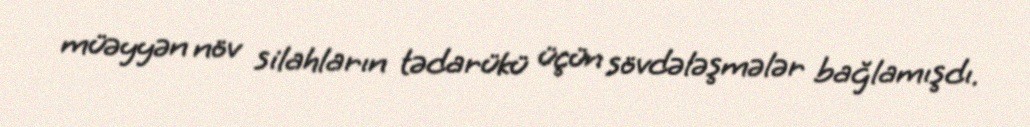
müəyyən növ silahların tədarükü üçün sövdələşmələr bağlamışdı.